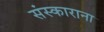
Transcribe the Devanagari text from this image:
संस्काराना